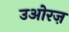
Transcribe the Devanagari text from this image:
उओरज़